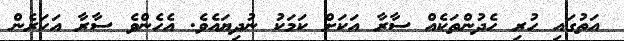
އަތުގައި ހުރި ހެދުންތަކެއް ސާރާ އަކަށް ކަމަކު ނުދިޔައެވެ. އެހެންވެ ސާރާ އަހަރެން